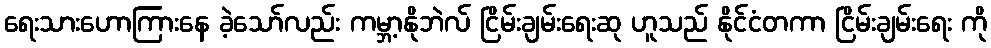
ရေးသားဟောကြားနေ ခဲ့သော်လည်း ကမ္ဘာ့နိုဘဲလ် ငြိမ်းချမ်းရေးဆု ဟူသည် နိုင်ငံတကာ ငြိမ်းချမ်းရေး ကို